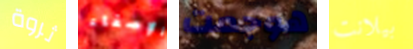
ثروة الإصغاء هوجمت بيلانت